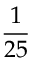
\frac { 1 } { 2 5 }